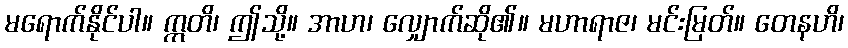
မရောက်နိုင်ပါ။ ဣတိ၊ ဤသို့။ အာဟ၊ လျှောက်ဆို၏။ မဟာရာဇ၊ မင်းမြတ်။ တေနဟိ၊